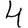
Digit: 4